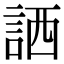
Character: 𧧍